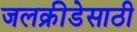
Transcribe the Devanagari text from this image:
जलक्रीडेसाठी